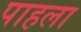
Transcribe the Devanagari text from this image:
पाहला